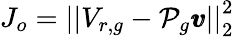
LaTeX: J_{o}=\left|\left|V_{r,g}-\mathcal{P}_{g}\pmb{v}\right|\right|_{2}^{2}